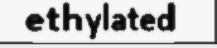
ethylated